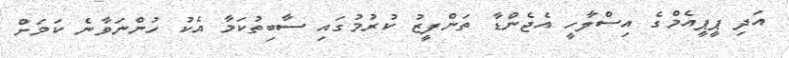
އަދި ޕީޕީއެމްގެ އިސްލާހީ އެޖެންޑާ ތަންފީޒު ކުރުމުގައި ސާބިތުކަމާ އެކު ހުންނަވާނެ ކަމަށް